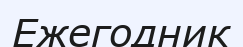
Ежегодник